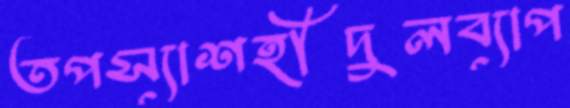
তপস্যাশহীদুলব্যাপ